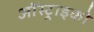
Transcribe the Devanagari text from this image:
ऑस्ट्राइको